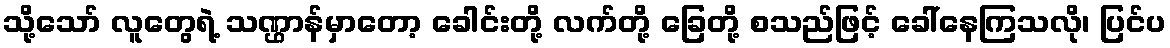
သို့သော် လူတွေရဲ့ သဏ္ဌာန်မှာတော့ ခေါင်းတို့ လက်တို့ ခြေတို့ စသည်ဖြင့် ခေါ်နေကြသလို၊ ပြင်ပ